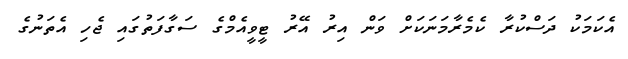
އެކަމަކު ދަސްކުރާ ކެމެރާމަނަކަށް ވަން އިރު އޭރު ޓީވީއެމްގެ ސަގާފަތުގައި ޖެހި އެތަނުގެ